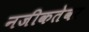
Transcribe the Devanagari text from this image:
नजीकतेवर